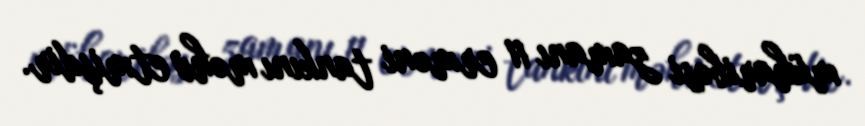
müharibəsi zamanı 11 erməni tankını məhv etmişdir.